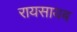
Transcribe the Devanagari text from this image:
रायसायब